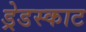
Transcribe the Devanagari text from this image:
ड्रेडस्काट